Indian journal of veterinary science and animal husbandry - Volumes 18-21, 1948-1951
Year: 1948
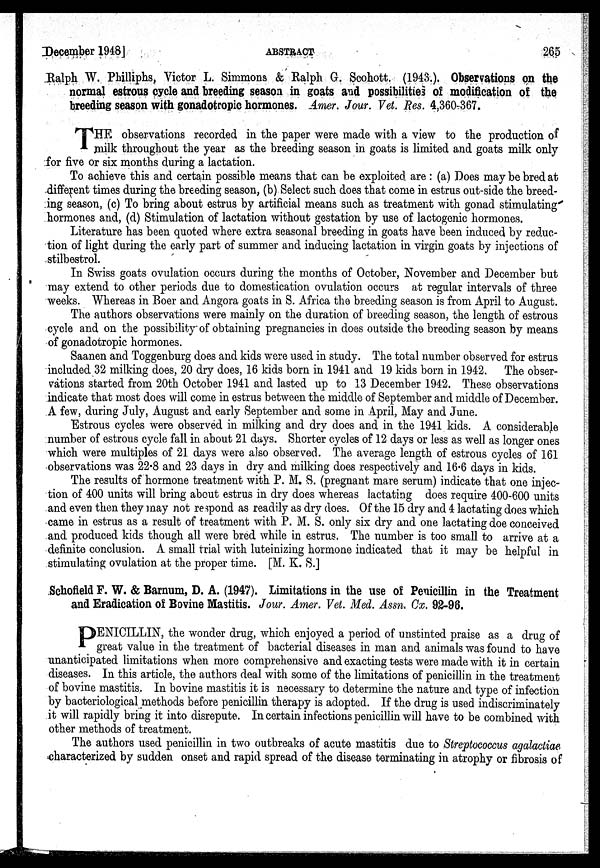
December 1948]
ABSTRACT
265
Ralph W. Philliphs, Victor L. Simmons & Ralph G. Scohott. (1943.). Observations on the
normal estrous cycle and breeding season in goats and possibilities of modification of the
breeding season with gonadotropic hormones. Amer. Jour. Vet. Res. 4,360-367.
T HE observations recorded in the paper were made with a view to the production of
milk throughout the year as the breeding season in goats is limited and goats milk only
for five or six months during a lactation.
To achieve this and certain possible means that can be exploited are : (a) Does may be bred at
different times during the breeding season, (b) Select such does that come in estrus out-side the breed-
ing season, (c) To bring about estrus by artificial means such as treatment with gonad stimulating
hormones and, (d) Stimulation of lactation without gestation by use of lactogenic hormones.
Literature has been quoted where extra seasonal breeding in goats have been induced by reduc-
tion of light during the early part of summer and inducing lactation in virgin goats by injections of
stilbestrol.
In Swiss goats ovulation occurs during the months of October, November and December but
may extend to other periods due to domestication ovulation occurs at regular intervals of three
weeks. Whereas in Boer and Angora goats in S. Africa the breeding season is from April to August.
The authors observations were mainly on the duration of breeding season, the length of estrous
cycle and on the possibility of obtaining pregnancies in does outside the breeding season by means
of gonadotropic hormones.
Saanen and Toggenburg does and kids were used in study. The total number observed for estrus
included 32 milking does, 20 dry does, 16 kids born in 1941 and 19 kids born in 1942. The obser-
vations started from 20th October 1941 and lasted up to 13 December 1942. These observations
indicate that most does will come in estrus between the middle of September and middle of December.
A few, during July, August and early September and some in April, May and June.
Estrous cycles were observed in milking and dry does and in the 1941 kids. A considerable
number of estrous cycle fall in about 21 days. Shorter cycles of 12 days or less as well as longer ones
which were multiples of 21 days were also observed. The average length of estrous cycles of 161
observations was 22.8 and 23 days in dry and milking does respectively and 16.6 days in kids.
The results of hormone treatment with P. M. S. (pregnant mare serum) indicate that one injec-
tion of 400 units will bring about estrus in dry does whereas lactating does require 400-600 units
and even then they may not respond as readily as dry does. Of the 15 dry and 4 lactating does which
came in estrus as a result of treatment with P. M. S. only six dry and one lactating doe conceived
and. produced kids though all were bred while in estrus. The number is too small to arrive at a
definite conclusion. A small trial with luteinizing hormone indicated that it may be helpful in
stimulating ovulation at the proper time. [M. K. S.]
Schofield F. W. & Barnum, D. A. (1947). Limitations in the use of Penicillin in the Treatment
and Eradication of Bovine Mastitis. Jour. Amer. Vet. Med. Assn. Cx. 92-96.
PENICILLIN, the wonder drug, which enjoyed a period of unstinted praise as a drug of
great value in the treatment of bacterial diseases in man and animals was found to have
unanticipated limitations when more comprehensive and exacting tests were made with it in certain
diseases. In this article, the authors deal with some of the limitations of penicillin in the treatment
of bovine mastitis. In bovine mastitis it is necessary to determine the nature and type of infection
by bacteriological methods before penicillin therapy is adopted. If the drug is used indiscriminately
it will rapidly bring it into disrepute. In certain infections penicillin will have to be combined with
other methods of treatment.
The authors used penicillin in two outbreaks of acute mastitis due to Streptococcus agalactiae
characterized by sudden onset and rapid spread of the disease terminating in atrophy or fibrosis of